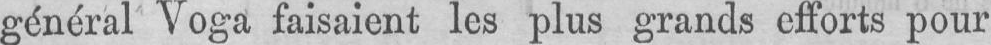
général Voga faisaient les plus grands efforts pour